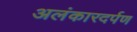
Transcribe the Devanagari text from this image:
अलंकारदर्पण